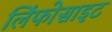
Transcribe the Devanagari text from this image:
लिंफोसाइट